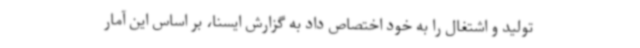
تولید و اشتغال را به خود اختصاص داد به گزارش ایسنا، بر اساس این آمار